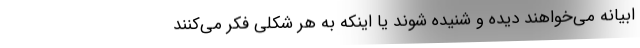
ابیانه می‌خواهند دیده و شنیده شوند یا اینکه به هر شکلی فکر می‌کنند